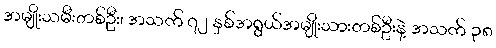
အမျိုးသမီးတစ်ဦး၊ အသက် ၇၂ နှစ်အရွယ်အမျိုးသားတစ်ဦးနဲ့ အသက် ၃၈